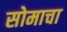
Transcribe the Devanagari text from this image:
सोमाचा